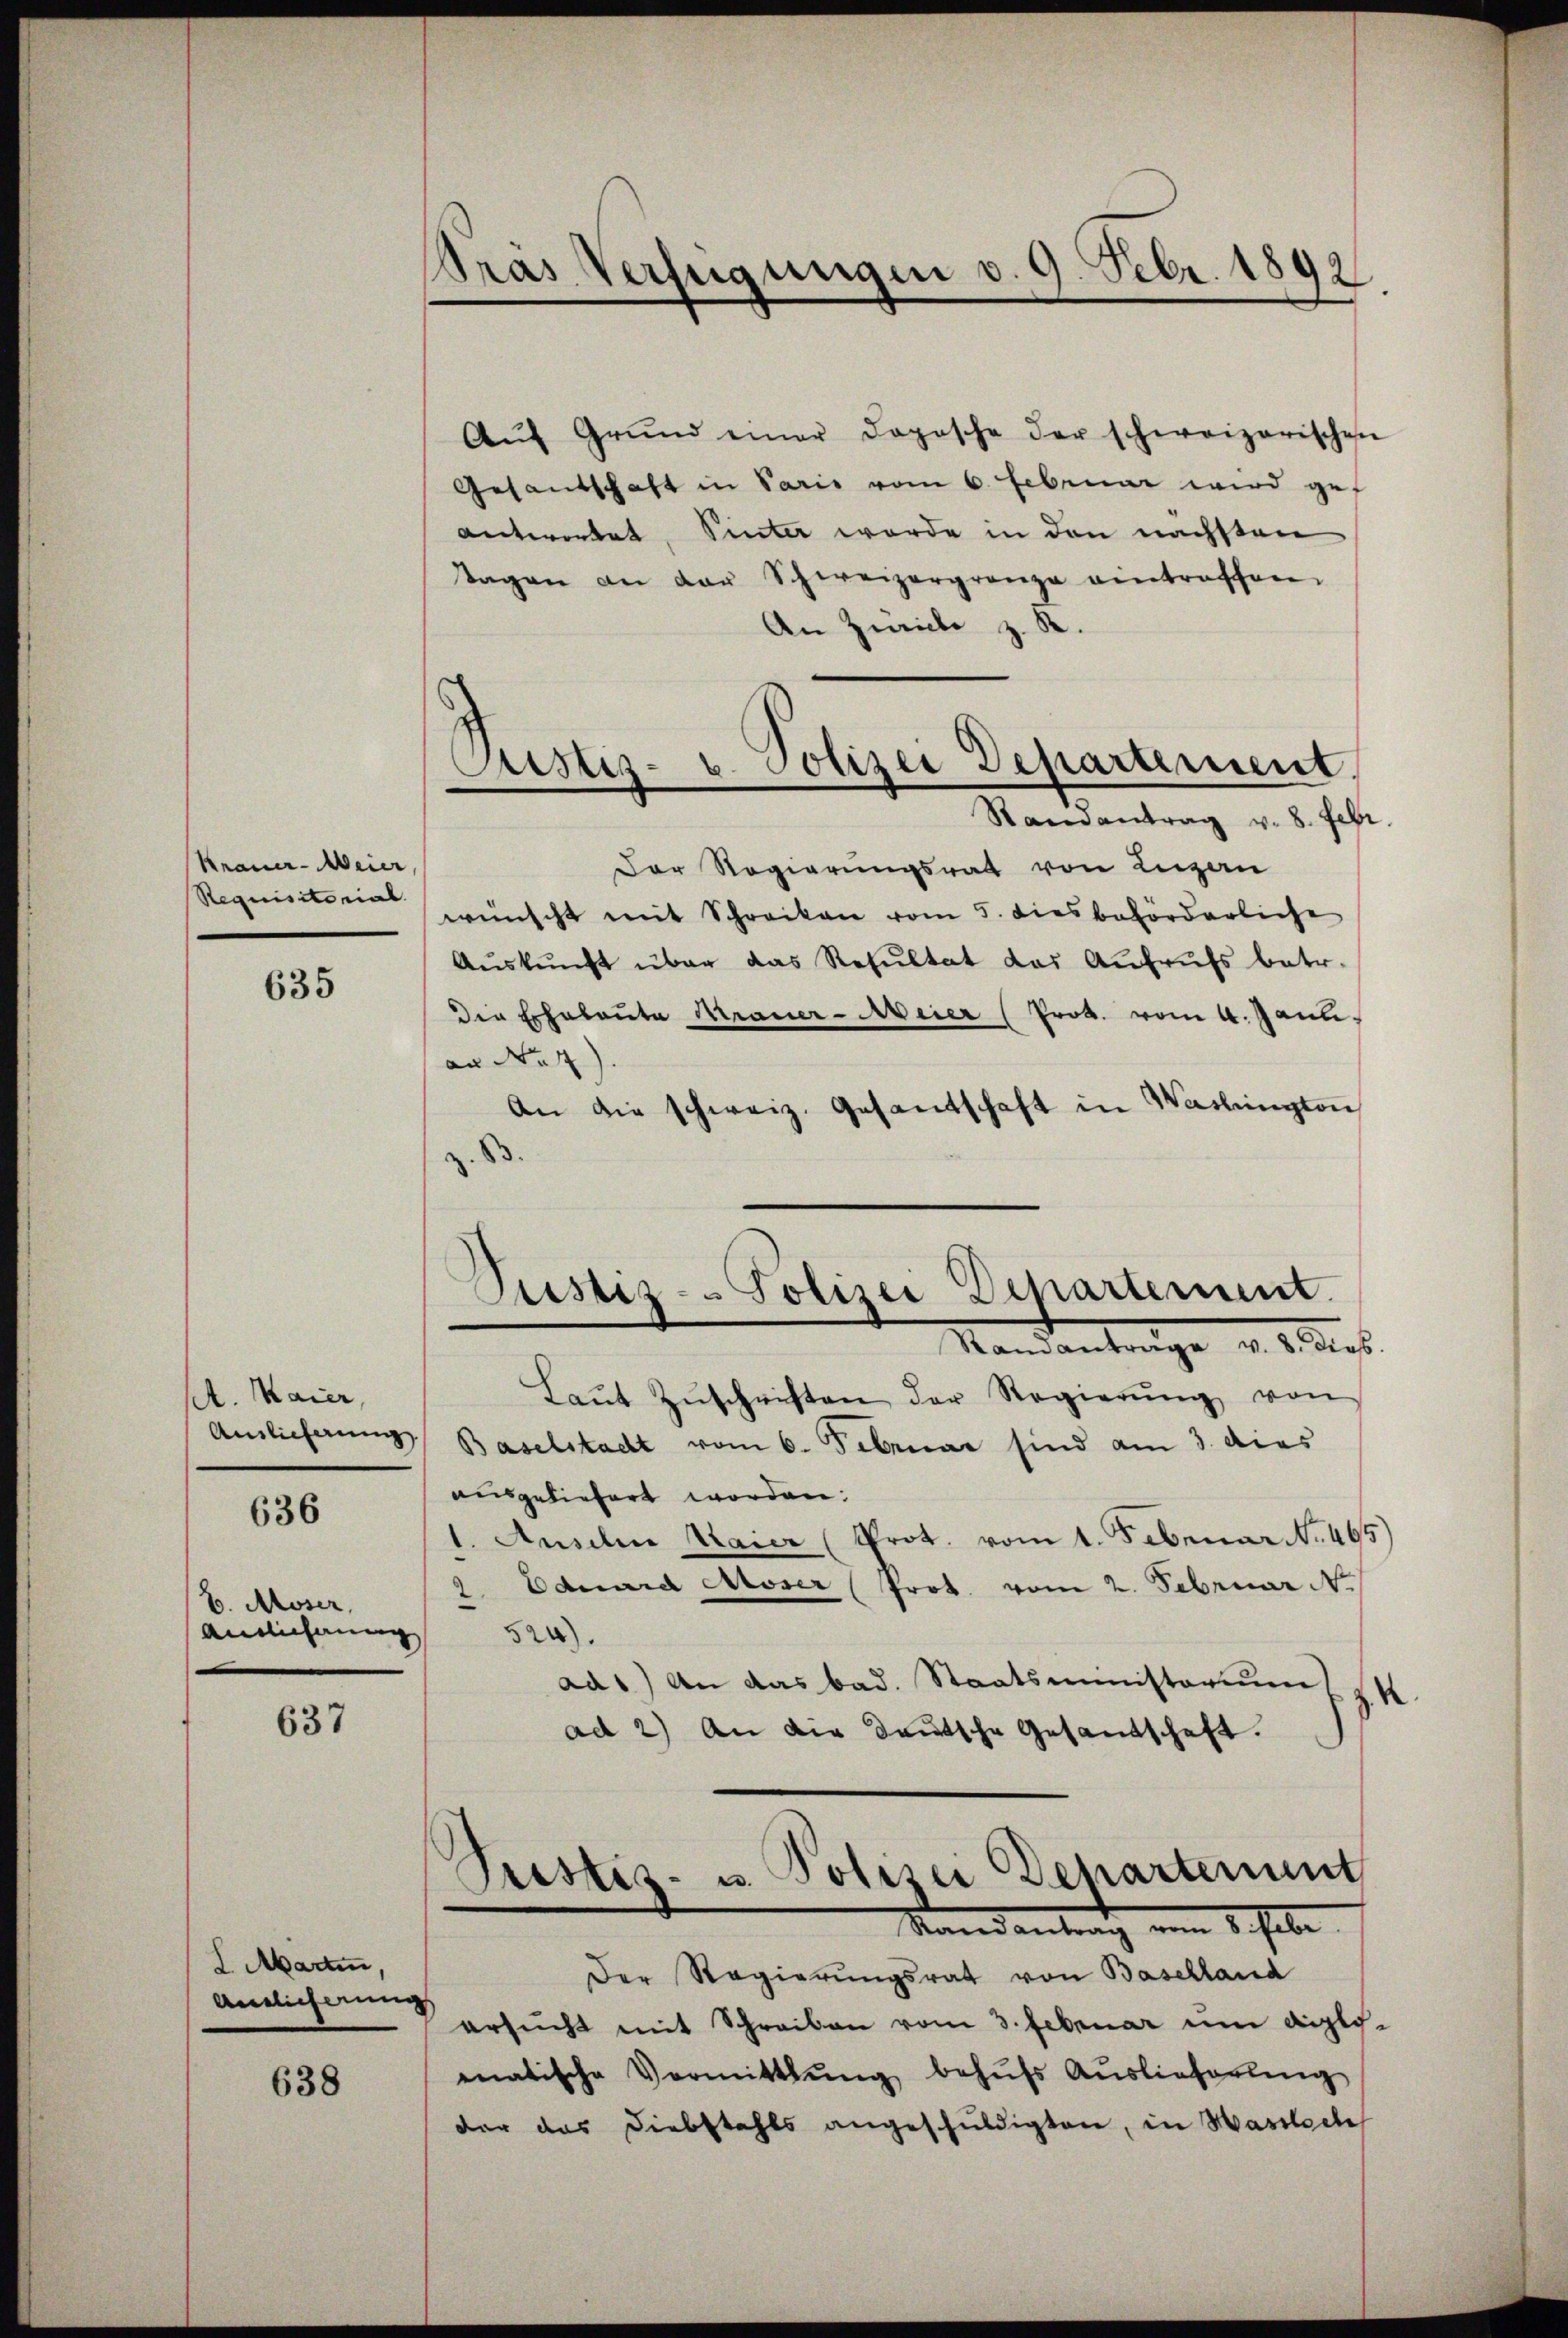
Krauer-Meier,
Requisitorial

635

A. Maier,

636

b. Moser,
Annlichnung

637

L Marten,
Antlicherung

638

Bras Verfügungen v. 9. Febr. 1892

Justiz- u. Polizei Departement
Randantrag v. 8. Febr.

Justiz-Polizei Departement.
Standantrage v. 8. dies

Aŭf Grŭnd einer doposche der schweizerischen
Gesandschaft in Paris vom 6. Februar wird gef
antwortet, Vinter werde in den nächsten
Tagen an der Schweizergrenze eintraffen.
An Zwicke z. R.
Der Regierungsrath von Lugan
wünscht mit Schreiben vom 5. diesbehörderliche
Aŭskŭnft über das Resŭltat das Aufrufs betr.
die Eheleute Krauer-Meier (Prob. vom 4. Janu
an No 7).
An die schweiz. Gesantschaft in Washington
.

Laŭt Zŭschriften der Regierŭng von
Auslieferung Baselstadt vom 6. Februar sind am 3. dies
ausgeliefert worden.
1. Ausilii Maier (Prot. vom 1. Februar No. 465
2 Eduard Moser Prot. vom 2. Februar Nr.
524).
ad1) An das bad. Staatsministerium
d
ad 2) An die deutsche Gesandschaft.

Prestiz- u. Polizei Behartement
Randantrag vom 1. habe.

Der Regierungsrat von Baselland
ersŭcht mit Schreiben vom 3. Februar um diplo-
mnatische Vormittlung behufs Auslieferung
der das Diebstahls angeschuldigten, in Haselsche